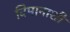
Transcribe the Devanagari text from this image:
विमानाशी